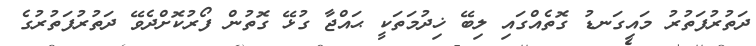
ދަތުރުފަތުރު މައިގަނޑު ގޮތެއްގައި ލިބޭ ޚިދުމަތަކީ ޙައްޖާ ގުޅޭ ގޮތުން ފޯރުކޮށްދެވޭ ދަތުރުފަތުރުގެ